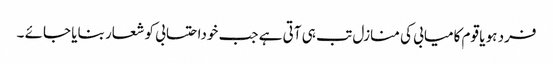
فرد ہو یا قوم کامیابی کی منازل تب ہی آتی ہے جب خوداحتسابی کو شعار بنایا جائے ۔